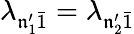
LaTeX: \lambda_{\mathfrak{n}_{1}^{\prime}\bar{{1}}}=\lambda_{\mathfrak{n}_{2}^{\prime}\bar{{1}}}